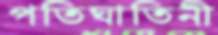
পতিঘাতিনী